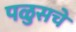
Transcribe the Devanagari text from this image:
पळुसचे